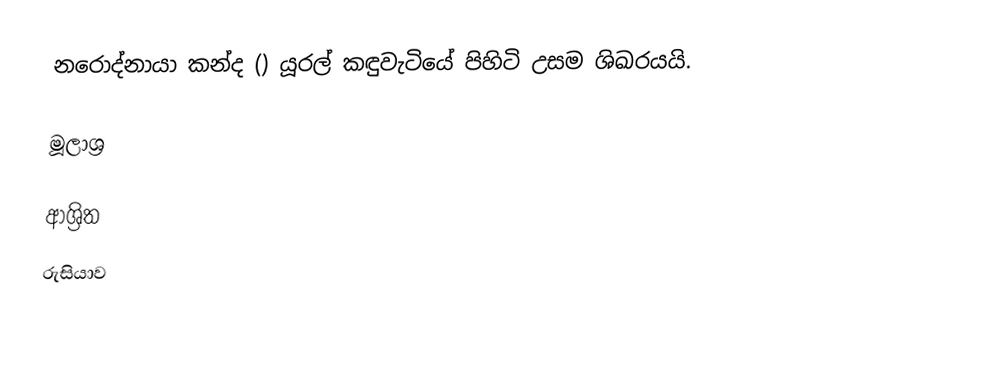
නරොද්නායා කන්ද () යූරල් කඳුවැටියේ පිහිටි උසම ශිඛරයයි.

මූලාශ්‍ර

ආශ්‍රිත
 රුසියාව